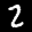
Label: 2